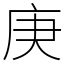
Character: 庚